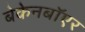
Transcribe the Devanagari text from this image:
बेकेनबॉएर